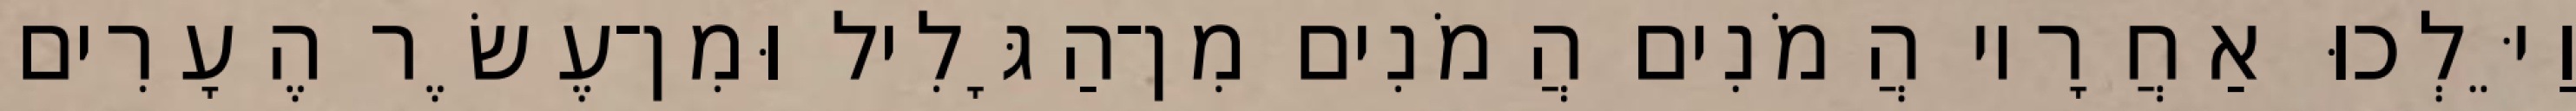
וַיֵּלְכוּ אַחֲרָיו הֲמֹנִים הֲמֹנִים מִן־הַגָּלִיל וּמִן־עֶשֶׂר הֶעָרִים